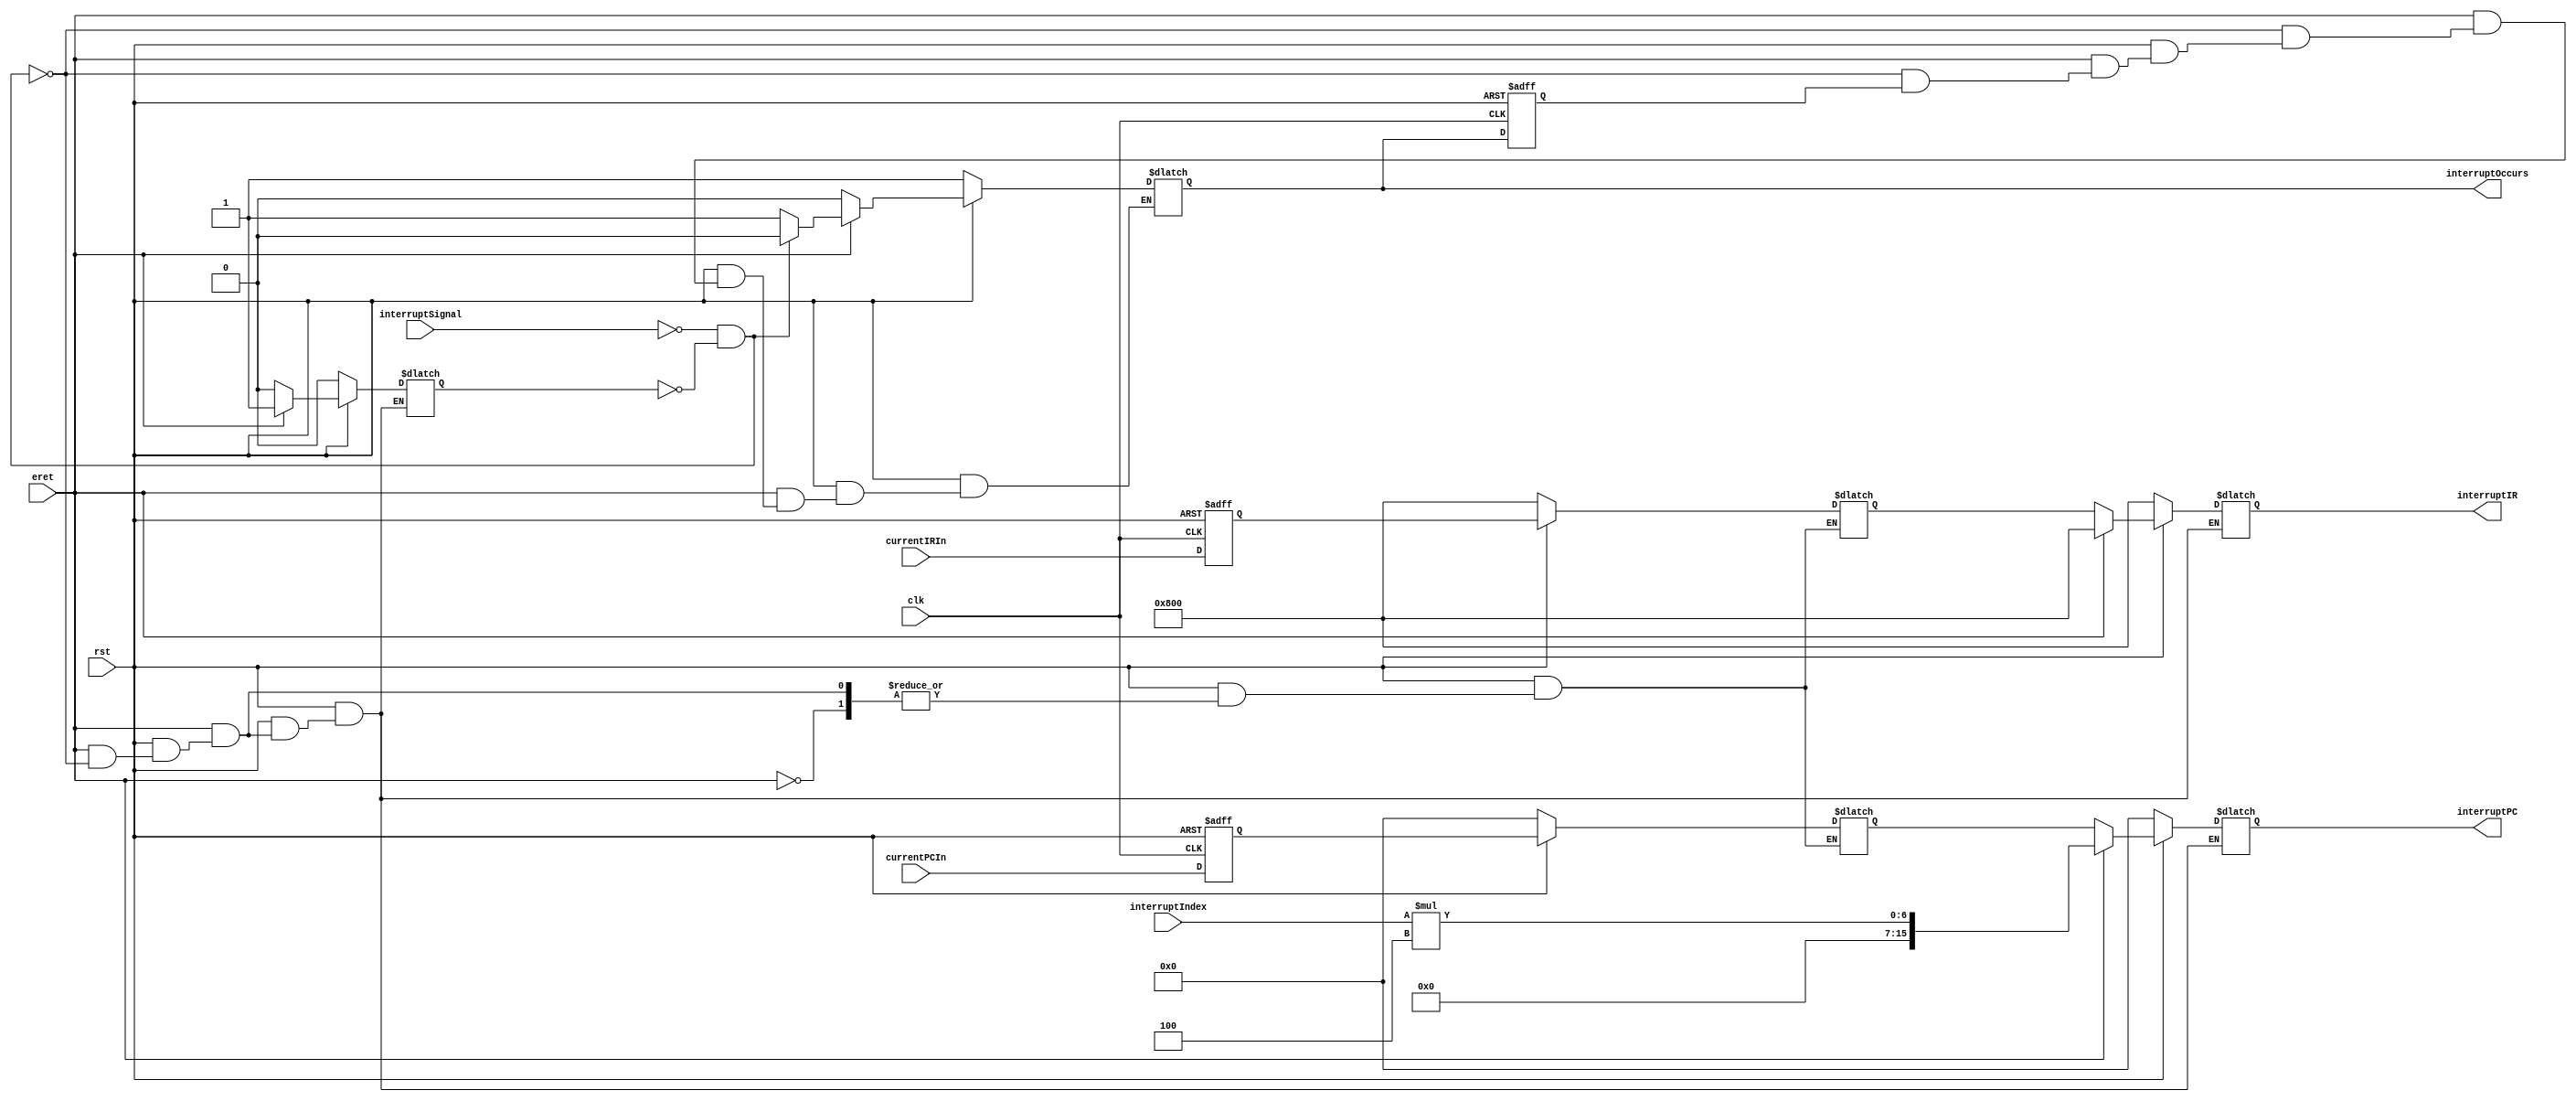
module interrupt (
  input clk, rst,
  input [15:0] currentPCIn, currentIRIn,
  input interruptSignal,
  input [3:0] interruptIndex,
  input eret,
  output reg interruptOccurs,
  output reg [15:0] interruptPC,
  output reg [15:0] interruptIR
);

reg [15:0] currentPC, returnPC, currentIR, returnIR;
reg interruptEnable;
reg clear;

always @ (negedge clk or negedge rst)
  if (!rst)
  begin
    currentPC = 0;
    clear = 1;
    currentIR = 16'h0800; // nop
  end
  else
  begin
    currentPC = currentPCIn;
    clear = interruptOccurs;
    currentIR = currentIRIn;
  end

//always @ (clk or rst or eret or interruptSignal or interruptIndex)
//always @ (posedge clk or negedge rst)
always @ (*)
begin
  if (!rst)
  begin
    interruptOccurs = 1;
    interruptPC = 0;
	 interruptIR = 16'h0800;
    returnPC = 0;
    returnIR = 16'h0800; // nop
    interruptEnable = 0;
  end
  else
    begin
      if (!eret) // it returned
      begin
        interruptOccurs = 0;
        interruptEnable = 0;
        interruptPC = returnPC;
	     interruptIR = returnIR;
      end
      else
      begin
        if (!interruptSignal && !interruptEnable)
        begin
          interruptOccurs = 0;
          interruptPC = {12'h000, interruptIndex * 4};
			 interruptIR = 16'h0800;
          returnPC = currentPC;
			 returnIR = currentIR;
          interruptEnable = 1;
        end
        else if (!clear)
        begin
          interruptOccurs = 1;
        end
      end
    end
end

endmodule